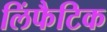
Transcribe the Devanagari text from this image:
लिंफैटिक